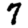
Digit: 7